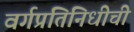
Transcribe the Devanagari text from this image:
वर्गप्रतिनिधीची